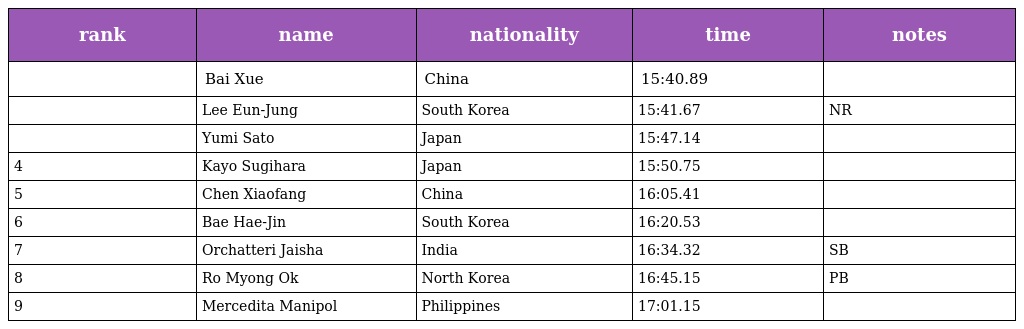
| rank | name | nationality | time | notes |
 | --- | --- | --- | --- | --- |
 |  | Bai Xue | China | 15:40.89 |  |
 |  | Lee Eun-Jung | South Korea | 15:41.67 | NR |
 |  | Yumi Sato | Japan | 15:47.14 |  |
 | 4 | Kayo Sugihara | Japan | 15:50.75 |  |
 | 5 | Chen Xiaofang | China | 16:05.41 |  |
 | 6 | Bae Hae-Jin | South Korea | 16:20.53 |  |
 | 7 | Orchatteri Jaisha | India | 16:34.32 | SB |
 | 8 | Ro Myong Ok | North Korea | 16:45.15 | PB |
 | 9 | Mercedita Manipol | Philippines | 17:01.15 |  |